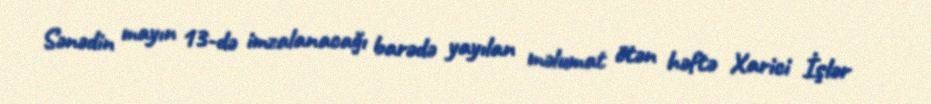
Sənədin mayın 13-də imzalanacağı barədə yayılan məlumat ötən həftə Xarici İşlər